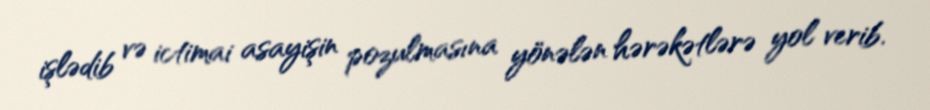
işlədib və ictimai asayişin pozulmasına yönələn hərəkətlərə yol verib.